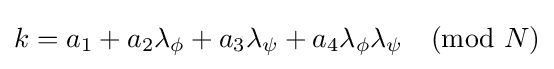
k=a_{1}+a_{2}\lambda _{\phi }+a_{3}\lambda _{\psi }+a_{4}\lambda _{\phi }\lambda _{\psi }{\pmod {N}}